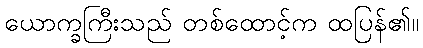
ယောက္ခကြီးသည် တစ်ထောင့်က ထပြန်၏။